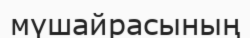
мүшайрасының